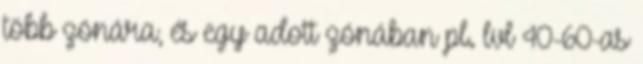
több zónára, és egy adott zónában pl. lvl 40-60-as